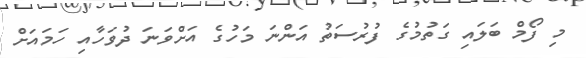
މި ފޯމް ބަލައި ގަތުމުގެ ފުރުސަތު އަންނަ މަހުގެ އަށްވަނަ ދުވަހާއި ހަމައަށް